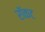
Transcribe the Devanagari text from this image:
रॉकट